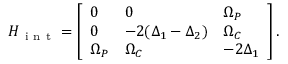
H _ { \mathrm { ~ i ~ n ~ t ~ } } = \left[ \begin{array} { l l l } { 0 } & { 0 } & { \Omega _ { P } } \\ { 0 } & { - 2 ( \Delta _ { 1 } - \Delta _ { 2 } ) } & { \Omega _ { C } } \\ { \Omega _ { P } } & { \Omega _ { C } } & { - 2 \Delta _ { 1 } } \end{array} \right] .